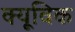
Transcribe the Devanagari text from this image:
क्यूविक